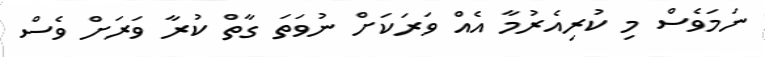
ނަމަވެސް މި ކުރިއެރުމާ އެއް ވަރަކަށް ނުވަތަ ގާތް ކުރާ ވަރަށް ވެސް